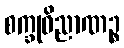
စက္ခုဝိညာဏဉ္စ